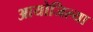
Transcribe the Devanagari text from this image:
आयोजिल्या